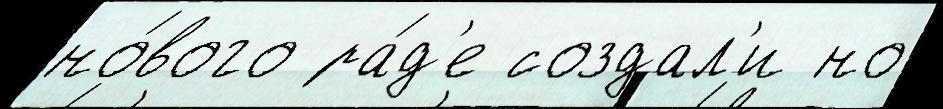
но́вого ра́д'е создал'и но